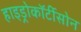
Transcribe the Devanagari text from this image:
हाइड्रोकॉर्टीसोन